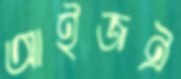
আইজঐ